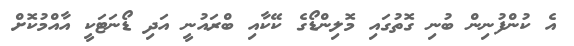
އެ ކުންފުނިން ބުނި ގޮތުގައި މޮލިންޑޯގެ ކޭކާއި ބްރައުނީ އަދި ޑޯނަޓަކީ އާއްމުކޮށް